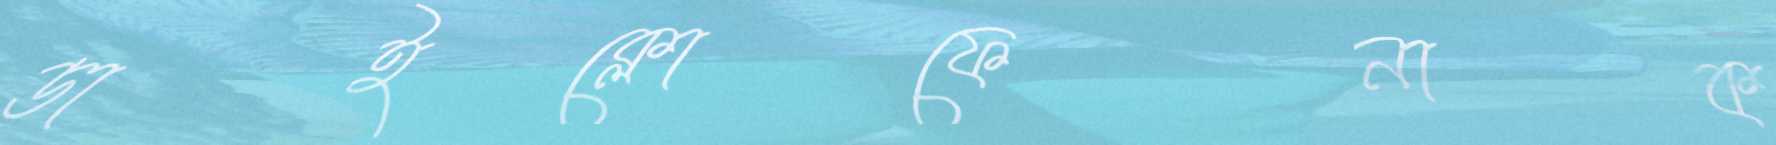
ডাইক্লোফেনাক